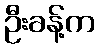
ဦးခန့်က